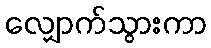
လျှောက်သွားကာ